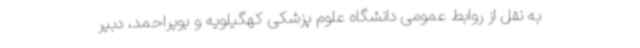
به نقل از روابط عمومی دانشگاه علوم پزشکی کهگیلویه و بویراحمد، دبیر